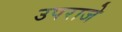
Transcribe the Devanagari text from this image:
उपराजे